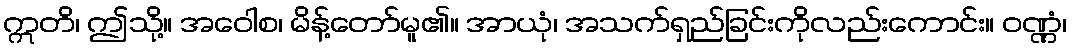
ဣတိ၊ ဤသို့။ အဝေါစ၊ မိန့်တော်မူ၏။ အာယုံ၊ အသက်ရှည်ခြင်းကိုလည်းကောင်း။ ဝဏ္ဏံ၊